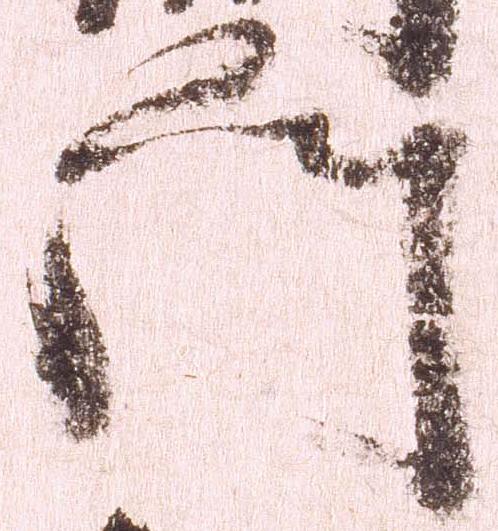
門